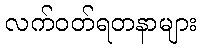
လက်ဝတ်ရတနာများ